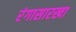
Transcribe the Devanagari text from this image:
रंगासारखा